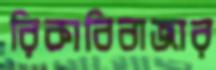
রিকাবিবাজার